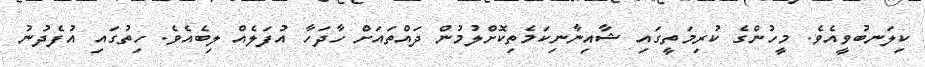
ކިލަނބުވީއެވެ. މީހުންގެ ކުރިމަތީގައި ޝާއިނާނިކަމެތިކޮށްލުމުން ދައްތައަށް ހާދަހާ އުފަލެއް ލިބެއެވެ. ހިތުގައި އުފެދުނު